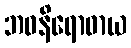
ဘဝနိရောဓာယ